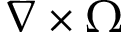
\nabla \times \Omega